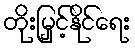
တိုးမြှင့်နိုင်ရေး